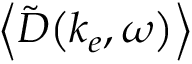
\left\langle \mathinner { \tilde { D } \mathopen { \left( k _ { e } , \omega \right) } } \right\rangle